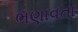
ભણાવતા